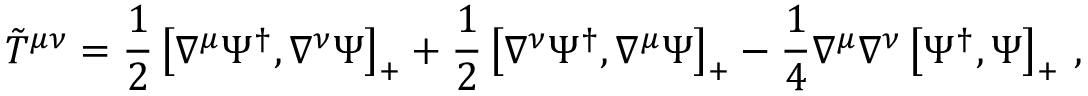
{ \tilde { T } } ^ { \mu \nu } = \frac 1 2 \left[ \nabla ^ { \mu } \Psi ^ { \dag } , \nabla ^ { \nu } \Psi \right] _ { + } + \frac 1 2 \left[ \nabla ^ { \nu } \Psi ^ { \dag } , \nabla ^ { \mu } \Psi \right] _ { + } - \frac 1 4 \nabla ^ { \mu } \nabla ^ { \nu } \left[ \Psi ^ { \dag } , \Psi \right] _ { + } \, ,